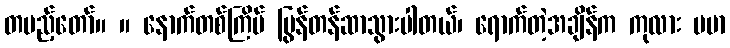
တပည့်တော်။ ။ နောက်တစ်ကြိမ် ပြွန်တန်ဆာသွားပါတယ်၊ ရောက်တဲ့အချိန်က ကုလား ဗမာ